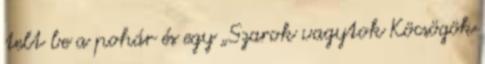
telt be a pohár és egy „Szarok vagytok Köcsögök